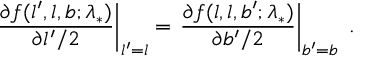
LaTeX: \left. \frac { \partial f ( l ^ { \prime } , l , b ; \lambda _ { * } ) } { \partial l ^ { \prime } / 2 } \right| _ { l ^ { \prime } = l } = \left. \frac { \partial f ( l , l , b ^ { \prime } ; \lambda _ { * } ) } { \partial b ^ { \prime } / 2 } \right| _ { b ^ { \prime } = b } \; .